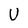
Character: U